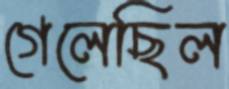
গেলেছিল